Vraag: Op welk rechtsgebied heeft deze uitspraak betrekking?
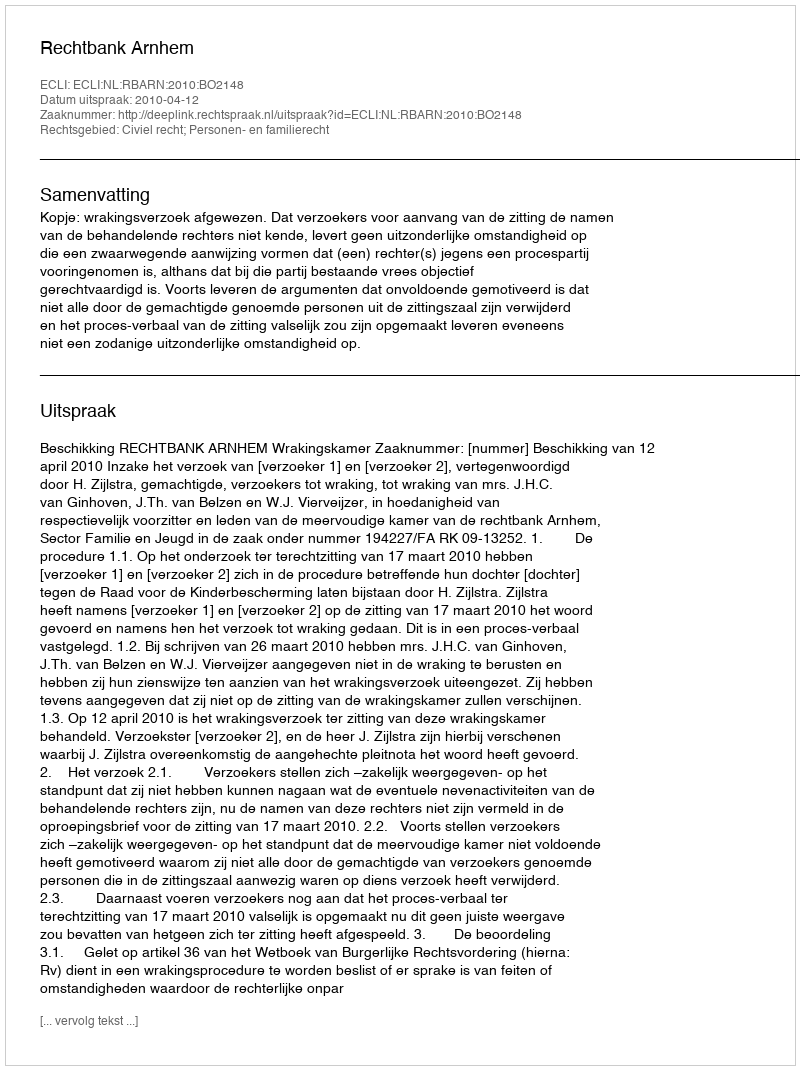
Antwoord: Civiel recht; Personen- en familierecht